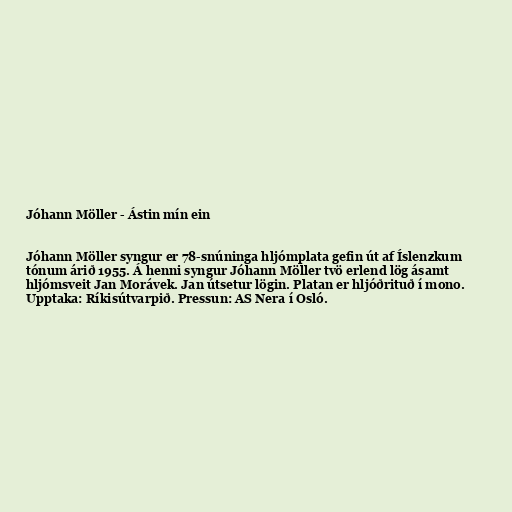
Jóhann Möller - Ástin mín ein

Jóhann Möller syngur er 78-snúninga hljómplata gefin út af Íslenzkum
tónum árið 1955. Á henni syngur Jóhann Möller tvö erlend lög ásamt
hljómsveit Jan Morávek. Jan útsetur lögin. Platan er hljóðrituð í mono.
Upptaka: Ríkisútvarpið. Pressun: AS Nera í Osló.